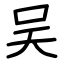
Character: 吴